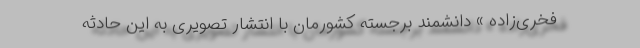
فخری‌زاده » دانشمند برجسته کشورمان با انتشار تصویری به این حادثه